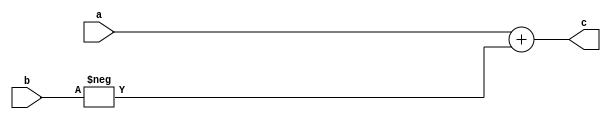
module gold(
	input wire [7:0] a,
	input wire [7:0] b,
	output wire [7:0] c
);

wire [7:0] b_neg;
assign b_neg = -b;
assign c = a + b_neg;
endmodule

module gate(
	input wire [7:0] a,
	input wire [7:0] b,
	output wire [7:0] c
);

wire [7:0] b_neg;
assign b_neg = ~b + 1;
assign c = a + b_neg;
endmodule